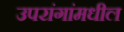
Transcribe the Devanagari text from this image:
उपरांगांमधील